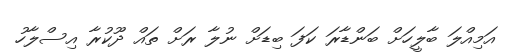
އަމިއްލަ ބާލީހަށް ބަންޑާރަ ކަފަ ބިޑަށް ނުލާ ރަށް ތައް ދޫކުރާ އިސްލާހު